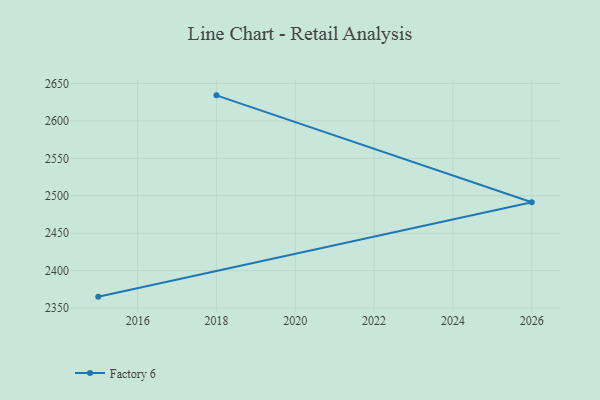
{"axis": {"x": "Year", "y": "Market Share (%)"}, "legend": ["Factory 6"], "data": [{"x": "2018", "y": 2634.2, "type": "Factory 6"}, {"x": "2026", "y": 2491.4, "type": "Factory 6"}, {"x": "2015", "y": 2365.2, "type": "Factory 6"}]}